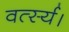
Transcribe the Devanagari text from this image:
वर्त्स्य।